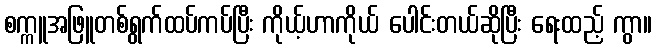
စက္ကူအဖြူတစ်ရွက်ထပ်ကပ်ပြီး ကိုယ့်ဟာကိုယ် ပေါင်းတယ်ဆိုပြီး ရေးထည့် ကွာ။